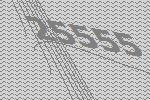
25555